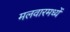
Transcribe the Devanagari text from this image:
मलवारमध्यें